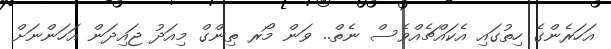
އަހަރެންގެ ހިތުގައި އެކައްޗެއްވެސް ނެތް.. ވަން މޯރ ތިންގް މިއަދު ޖައިދަން އަހަންނަށް